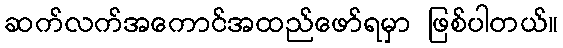
ဆက်လက်အကောင်အထည်ဖော်ရမှာ ဖြစ်ပါတယ်။